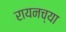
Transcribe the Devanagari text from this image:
रायनच्या